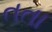
તતા